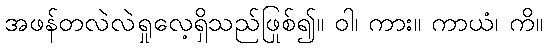
အဖန်တလဲလဲရှုလေ့ရှိသည်ဖြစ်၍။ ဝါ၊ ကား။ ကာယံ၊ ကို။